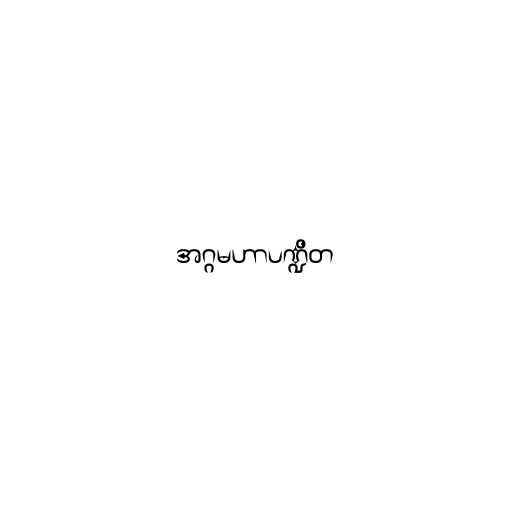
အဂ္ဂမဟာပဏ္ဍိတ